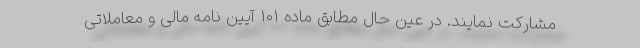
مشارکت نمایند. در عین حال مطابق ماده 101 آیین نامه مالی و معاملاتی